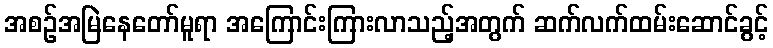
အစဉ်အမြဲနေတော်မူရာ အကြောင်းကြားလာသည့်အတွက် ဆက်လက်ထမ်းဆောင်ခွင့်